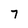
Character: 7